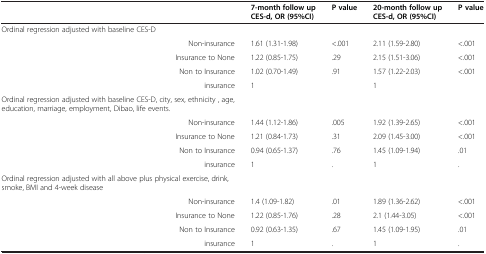
<table><thead><tr><td><b> </b></td><td><b>7-month follow up CES-d, OR (95%CI)</b></td><td><b>P value</b></td><td><b>20-month follow up CES-d, OR (95%CI)</b></td><td><b>P value</b></td></tr></thead><tbody><tr><td>Ordinal regression adjusted with baseline CES-D</td><td> </td><td> </td><td> </td><td> </td></tr><tr><td>Non-insurance</td><td>1.61 (1.31-1.98)</td><td>&lt;.001</td><td>2.11 (1.59-2.80)</td><td>&lt;.001</td></tr><tr><td>Insurance to None</td><td>1.22 (0.85-1.75)</td><td>.29</td><td>2.15 (1.51-3.06)</td><td>&lt;.001</td></tr><tr><td>Non to Insurance</td><td>1.02 (0.70-1.49)</td><td>.91</td><td>1.57 (1.22-2.03)</td><td>&lt;.001</td></tr><tr><td>insurance</td><td>1</td><td> </td><td>1</td><td> </td></tr><tr><td>Ordinal regression adjusted with baseline CES-D, city, sex, ethnicity , age, education, marriage, employment, Dibao, life events.</td><td> </td><td> </td><td> </td><td> </td></tr><tr><td>Non-insurance</td><td>1.44 (1.12-1.86)</td><td>.005</td><td>1.92 (1.39-2.65)</td><td>&lt;.001</td></tr><tr><td>Insurance to None</td><td>1.21 (0.84-1.73)</td><td>.31</td><td>2.09 (1.45-3.00)</td><td>&lt;.001</td></tr><tr><td>Non to Insurance</td><td>0.94 (0.65-1.37)</td><td>.76</td><td>1.45 (1.09-1.94)</td><td>.01</td></tr><tr><td>insurance</td><td>1</td><td>.</td><td>1</td><td>.</td></tr><tr><td>Ordinal regression adjusted with all above plus physical exercise, drink, smoke, BMI and 4-week disease</td><td> </td><td> </td><td> </td><td> </td></tr><tr><td>Non-insurance</td><td>1.4 (1.09-1.82)</td><td>.01</td><td>1.89 (1.36-2.62)</td><td>&lt;.001</td></tr><tr><td>Insurance to None</td><td>1.22 (0.85-1.76)</td><td>.28</td><td>2.1 (1.44-3.05)</td><td>&lt;.001</td></tr><tr><td>Non to Insurance</td><td>0.92 (0.63-1.35)</td><td>.67</td><td>1.45 (1.09-1.95)</td><td>.01</td></tr><tr><td>insurance</td><td>1</td><td>.</td><td>1</td><td>.</td></tr></tbody></table>